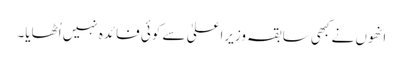
انھوں نے کبھی سابقہ وزیراعلیٰ سے کوئی فائدہ نہیں اُٹھایا۔